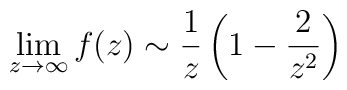
\lim_{z \rightarrow \infty} f(z) \sim \frac{1}{z}\left( 1 - \frac{2}{z^2} \right)